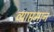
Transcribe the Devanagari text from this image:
व्याप्तमान